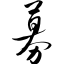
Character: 募